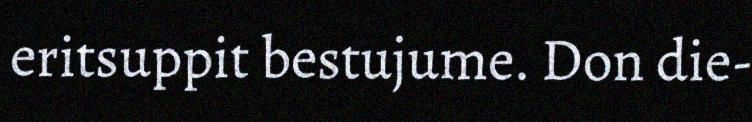
eritsuppit bestujume. Don die-